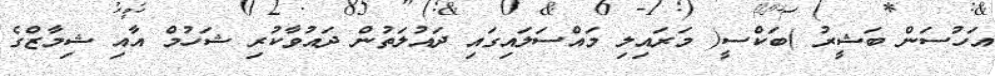
އަހުސަން ބަޝީރު )ބަކްސީ( މަރައިލި މައްސަލައިގައި ދައުލަތުން ދައުވާކުރި ޝަހުމް އާއި ޝިމާޒްގެ